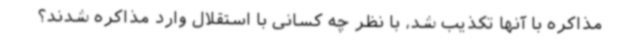
مذاکره با آنها تکذیب شد، با نظر چه کسانی با استقلال وارد مذاکره شدند؟